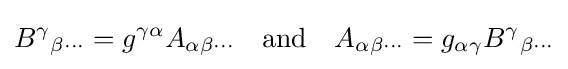
B^{\gamma }{}_{\beta \cdots }=g^{\gamma \alpha }A_{\alpha \beta \cdots }\quad {\text{and}}\quad A_{\alpha \beta \cdots }=g_{\alpha \gamma }B^{\gamma }{}_{\beta \cdots }